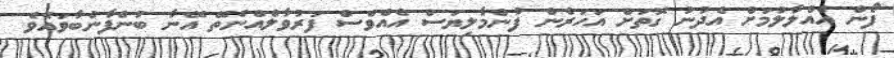
ފޯން އެއްލާލުމަށް އެދުނު ގޮތަށް އަހަރެން ފުންމާލިޔަސް އެއްވެސް ފަރުވާލެއްނެތޭ އޭނާ ބުނެފާނެބާވައެވެ